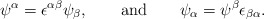
\begin{align*}\psi^\alpha=\epsilon^{\alpha\beta} \psi_\beta, \qquad \mbox{and}\qquad \psi_\alpha= \psi^\beta \epsilon_{\beta\alpha}.\end{align*}